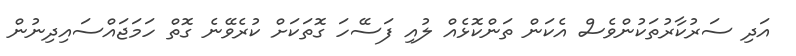
އަދި ސަރުކާރުތަކުންވެސް އެކަން ތަންކޮޅެއް ލުއި ފަސޭހަ ގޮތަކަށް ކުރެވޭނެ ގޮތް ހަމަޖައްސައިދިނުން